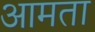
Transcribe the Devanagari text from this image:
आमता